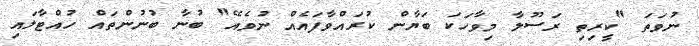
ނުވަތަ "ކީރިތި ރަސޫލާ މިވާހަކަ ބަޔާން ކުރައްވާފައެއް ނުވެއޭ" ބުނާ ބުނުންތައް ހުއްޓާލައި